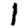
Digit: 1